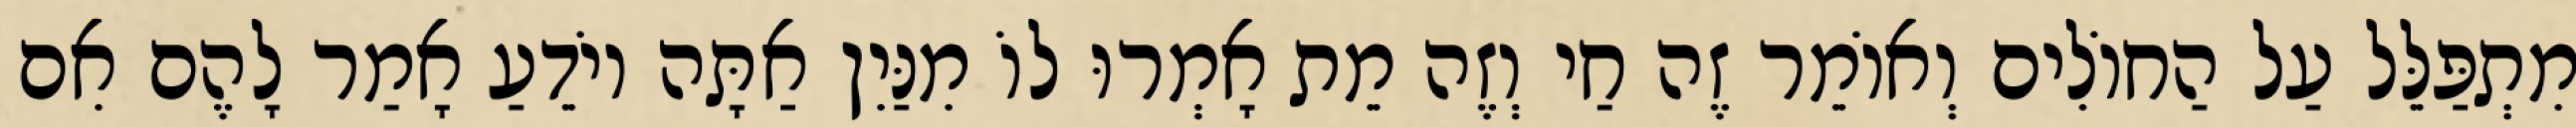
מִתְפַּלֵּל עַל הַחוֹלִים וְאוֹמֵר זֶה חַי וְזֶה מֵת אָמְרוּ לוֹ מִנַּיִן אַתָּה יוֹדֵעַ אָמַר לָהֶם אִם